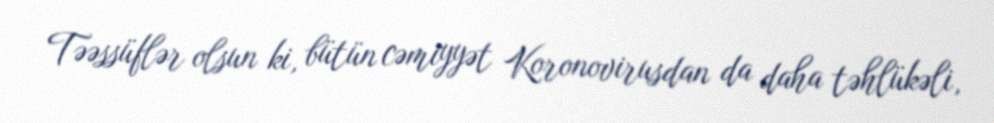
Təəssüflər olsun ki, bütün cəmiyyət Koronovirusdan da daha təhlükəli,